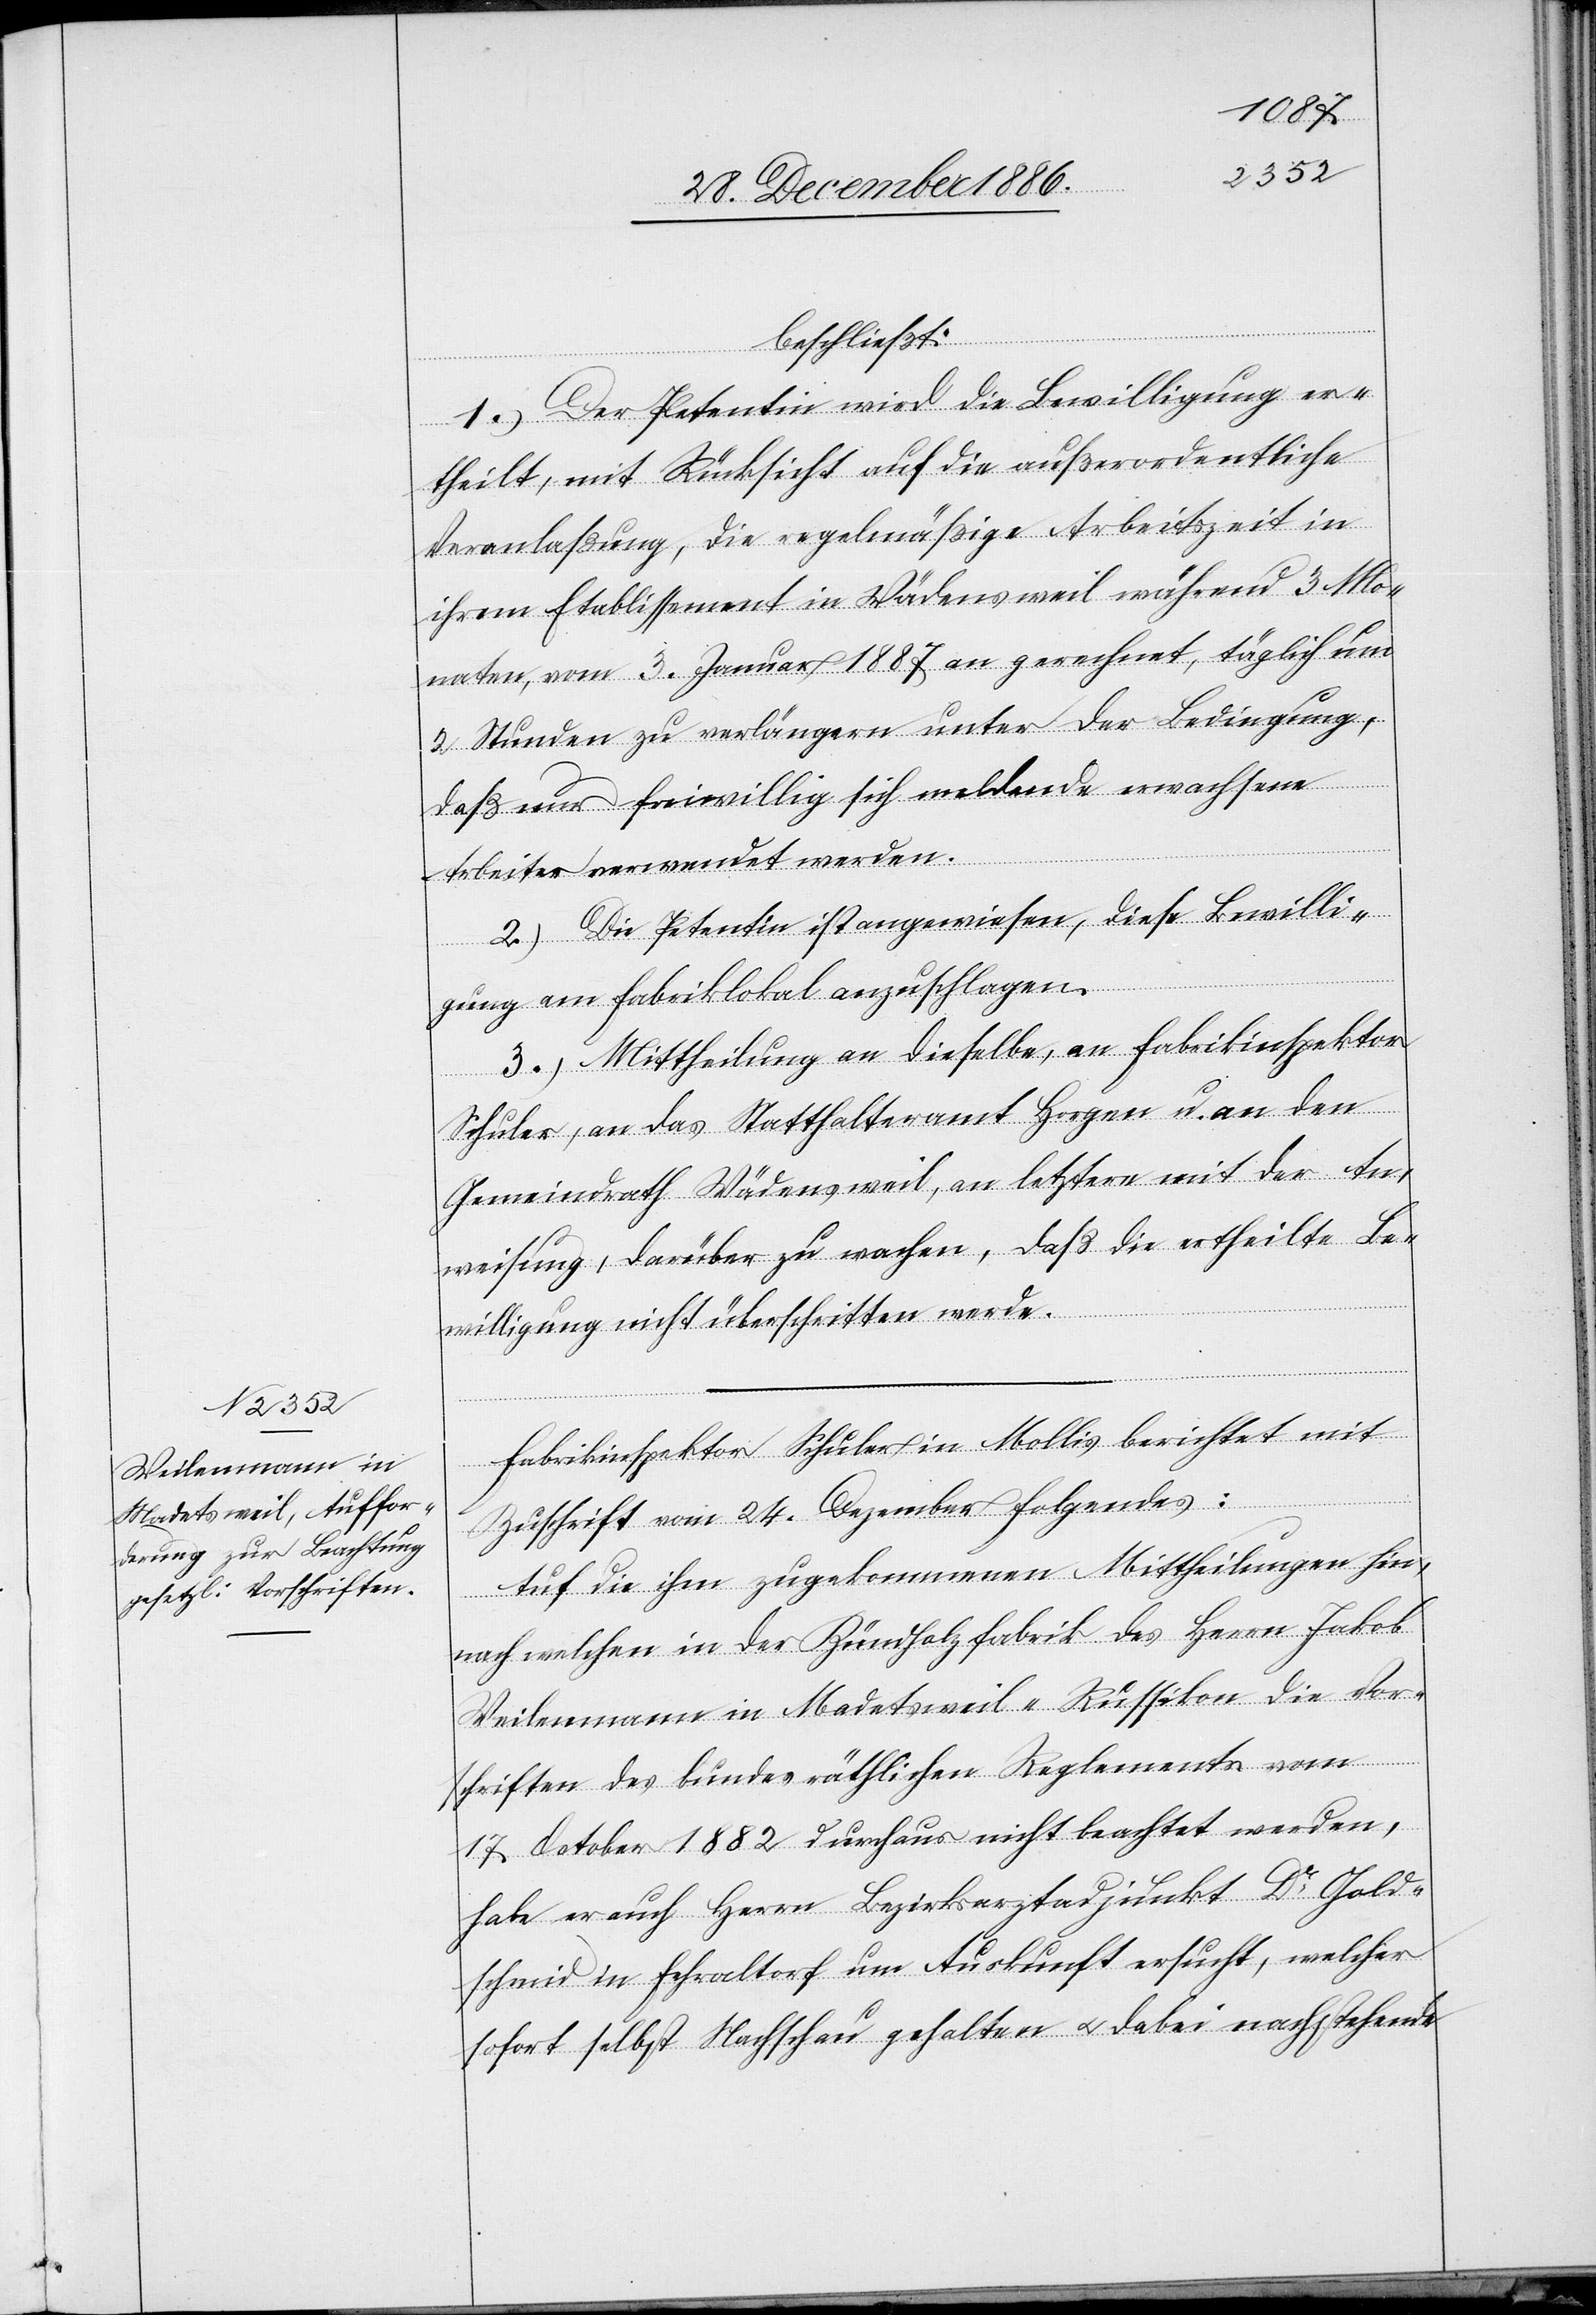
Fabrikinspektor Schuler in Mollis berichtet mit
Zuschrift vom 24. Dezember Folgendes:
Auf die ihm zugekommenen Mittheilungen hin,
nach welchen in der Zündholzfabrik des Herrn Jakob
Weilenmann in Madetsweil - Russikon die Vor¬
schriften des bundesräthlichen Reglements vom
17. October 1882 durchaus nicht beachtet werden,
habe er auch Herrn Bezirksarztadjunkt Dr Gold¬
schmid in Fehraltorf um Auskunft ersucht, welcher
sofort selbst Nachschau gehalten & dabei nachstehende